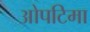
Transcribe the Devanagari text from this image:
ओपटिमा